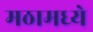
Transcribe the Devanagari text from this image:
मठामध्ये